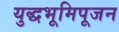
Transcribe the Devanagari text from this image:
युद्धभूमिपूजन